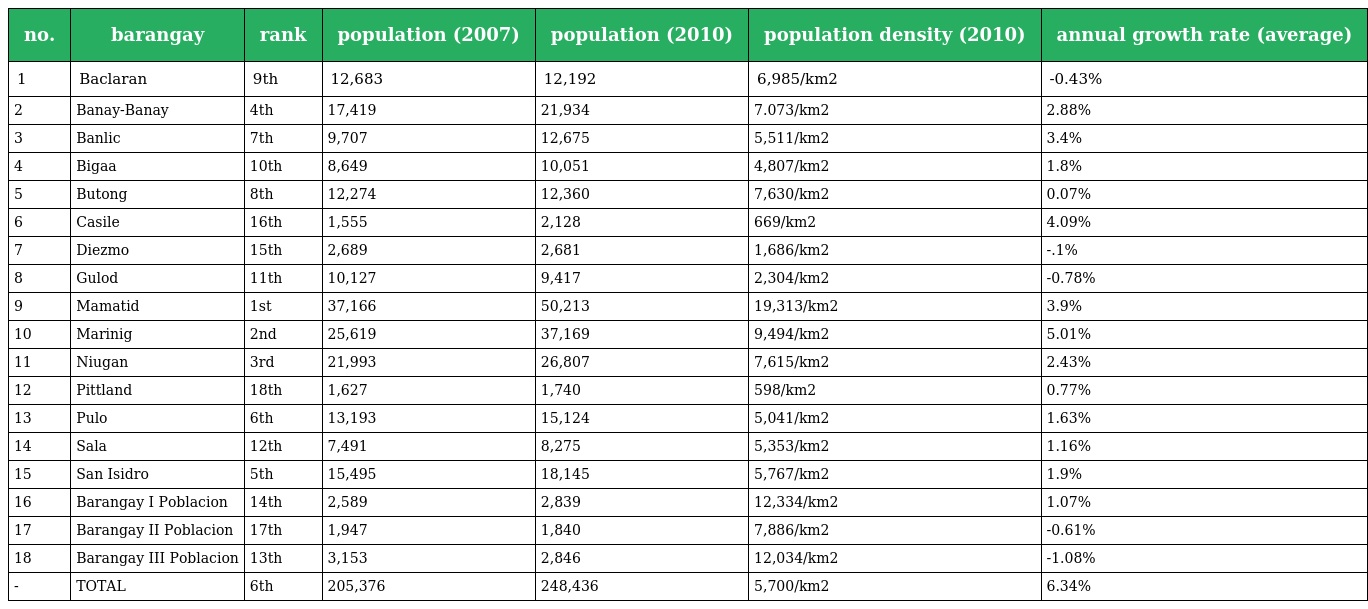
| no. | barangay | rank | population (2007) | population (2010) | population density (2010) | annual growth rate (average) |
 | --- | --- | --- | --- | --- | --- | --- |
 | 1 | Baclaran | 9th | 12,683 | 12,192 | 6,985/km2 | -0.43% |
 | 2 | Banay-Banay | 4th | 17,419 | 21,934 | 7.073/km2 | 2.88% |
 | 3 | Banlic | 7th | 9,707 | 12,675 | 5,511/km2 | 3.4% |
 | 4 | Bigaa | 10th | 8,649 | 10,051 | 4,807/km2 | 1.8% |
 | 5 | Butong | 8th | 12,274 | 12,360 | 7,630/km2 | 0.07% |
 | 6 | Casile | 16th | 1,555 | 2,128 | 669/km2 | 4.09% |
 | 7 | Diezmo | 15th | 2,689 | 2,681 | 1,686/km2 | -.1% |
 | 8 | Gulod | 11th | 10,127 | 9,417 | 2,304/km2 | -0.78% |
 | 9 | Mamatid | 1st | 37,166 | 50,213 | 19,313/km2 | 3.9% |
 | 10 | Marinig | 2nd | 25,619 | 37,169 | 9,494/km2 | 5.01% |
 | 11 | Niugan | 3rd | 21,993 | 26,807 | 7,615/km2 | 2.43% |
 | 12 | Pittland | 18th | 1,627 | 1,740 | 598/km2 | 0.77% |
 | 13 | Pulo | 6th | 13,193 | 15,124 | 5,041/km2 | 1.63% |
 | 14 | Sala | 12th | 7,491 | 8,275 | 5,353/km2 | 1.16% |
 | 15 | San Isidro | 5th | 15,495 | 18,145 | 5,767/km2 | 1.9% |
 | 16 | Barangay I Poblacion | 14th | 2,589 | 2,839 | 12,334/km2 | 1.07% |
 | 17 | Barangay II Poblacion | 17th | 1,947 | 1,840 | 7,886/km2 | -0.61% |
 | 18 | Barangay III Poblacion | 13th | 3,153 | 2,846 | 12,034/km2 | -1.08% |
 | - | TOTAL | 6th | 205,376 | 248,436 | 5,700/km2 | 6.34% |